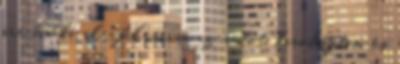
ára ha ki akarjuk vinni az autót, kiröhögtem és